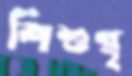
শিশুগৃ